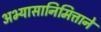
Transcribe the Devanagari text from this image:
अभ्यासानिमित्ताने